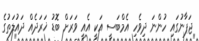
ޖަޕާނުގައި ހުންނަ ދިވެހި އެމްބަސީ އަކީ އެއީ ވަރަށް ބޮޑު ޚަރަދެއް ދައުލަތުގެ